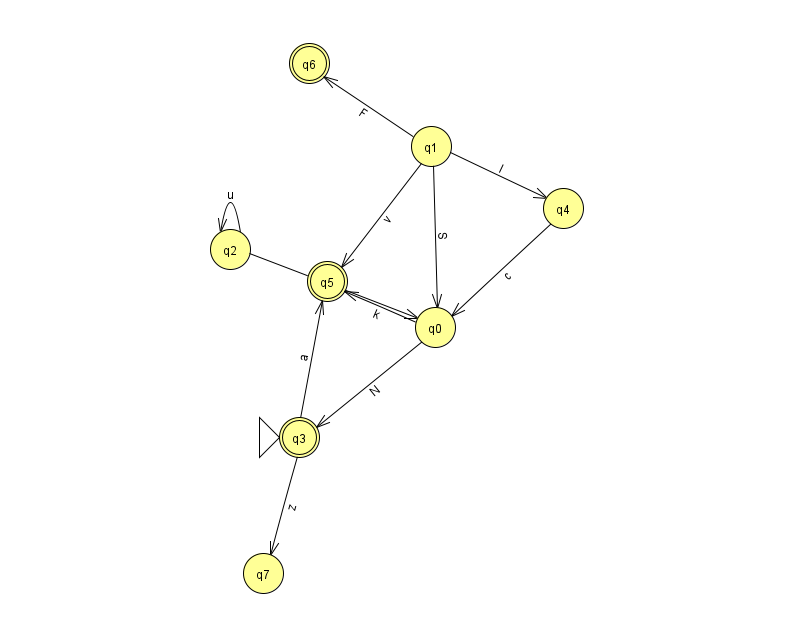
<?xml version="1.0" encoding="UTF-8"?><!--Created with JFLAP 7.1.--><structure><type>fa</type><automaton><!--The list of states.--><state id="0" name="q0"><x>435.0</x><y>314.0</y></state><state id="1" name="q1"><x>431.0</x><y>133.0</y></state><state id="2" name="q2"><x>230.0</x><y>236.0</y></state><state id="3" name="q3"><x>299.0</x><y>424.0</y><initial/><final/></state><state id="4" name="q4"><x>563.0</x><y>195.0</y></state><state id="5" name="q5"><x>327.0</x><y>268.0</y><final/></state><state id="6" name="q6"><x>309.0</x><y>50.0</y><final/></state><state id="7" name="q7"><x>263.0</x><y>560.0</y></state><!--The list of transitions.--><transition><from>2</from><to>0</to><read>z</read></transition><transition><from>1</from><to>4</to><read>l</read></transition><transition><from>0</from><to>5</to><read>k</read></transition><transition><from>2</from><to>2</to><read>u</read></transition><transition><from>1</from><to>0</to><read>S</read></transition><transition><from>3</from><to>5</to><read>a</read></transition><transition><from>0</from><to>3</to><read>N</read></transition><transition><from>4</from><to>0</to><read>c</read></transition><transition><from>1</from><to>5</to><read>v</read></transition><transition><from>1</from><to>6</to><read>F</read></transition><transition><from>3</from><to>7</to><read>z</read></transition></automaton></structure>